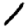
Digit: 1